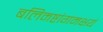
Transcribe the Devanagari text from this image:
बलिमष्टांगमक्षयं